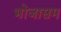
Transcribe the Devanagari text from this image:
भोजासम